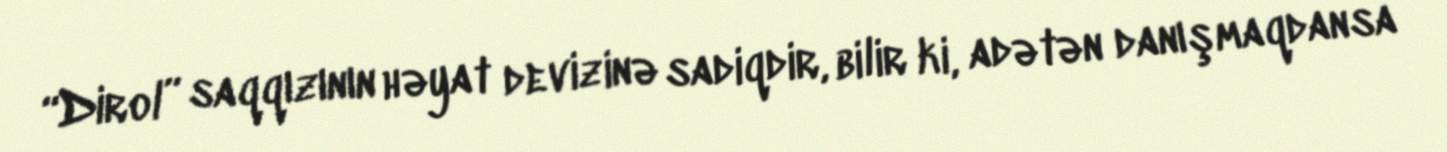
“Dirol” saqqızının həyat devizinə sadiqdir, bilir ki, adətən danışmaqdansa